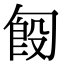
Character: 匓